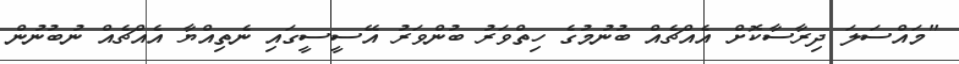
"މައްސަލަ ދިރާސާކޮށް އެއްޗެއް ބުނުމުގެ ހިތްވަރު ބުންވަރު އޭސީސީގައި ނެތިއްޔާ އެއްޗެއް ނުބުނުން